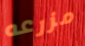
مزرعه